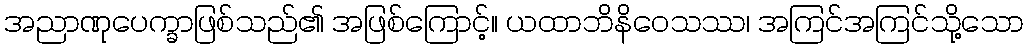
အညာဏုပေက္ခာဖြစ်သည်၏ အဖြစ်ကြောင့်။ ယထာဘိနိဝေသဿ၊ အကြင်အကြင်သို့သော